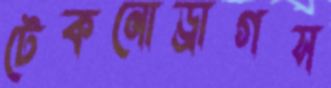
টেকনোড্রাগস